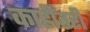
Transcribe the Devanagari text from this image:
काहींतरी